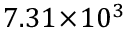
7 . 3 1 \! \times \! 1 0 ^ { 3 }